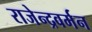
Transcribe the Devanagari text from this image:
राजेन्द्रवर्मन